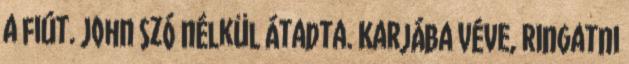
a fiút. John szó nélkül átadta. Karjába véve, ringatni